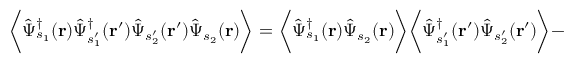
\biggl \langle \hat { \Psi } _ { s _ { 1 } } ^ { \dagger } ( \mathbf { r } ) \hat { \Psi } _ { s _ { 1 } ^ { \prime } } ^ { \dagger } ( \mathbf { r ^ { \prime } } ) \hat { \Psi } _ { s _ { 2 } ^ { \prime } } ( \mathbf { r ^ { \prime } } ) \hat { \Psi } _ { s _ { 2 } } ( \mathbf { r } ) \biggr \rangle = \biggl \langle \hat { \Psi } _ { s _ { 1 } } ^ { \dagger } ( \mathbf { r } ) \hat { \Psi } _ { s _ { 2 } } ( \mathbf { r } ) \biggr \rangle \biggl \langle \hat { \Psi } _ { s _ { 1 } ^ { \prime } } ^ { \dagger } ( \mathbf { r ^ { \prime } } ) \hat { \Psi } _ { s _ { 2 } ^ { \prime } } ( \mathbf { r ^ { \prime } } ) \biggr \rangle -